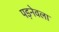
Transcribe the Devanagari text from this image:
पड़नेवला